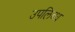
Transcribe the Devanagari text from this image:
उपलिब्ध